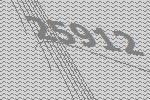
25912